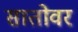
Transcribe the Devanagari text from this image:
सातोवर